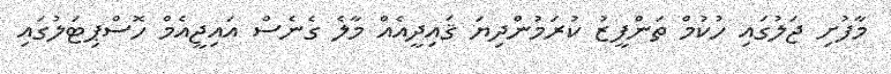
މާފުށި ޖަލުގައި ހުކުމް ތަންފީޒު ކުރަމުންދިޔަ ޤައިދީއެއް މާލެ ގެނެސް އައިޖީއެމް ހޮސްޕިޓަލުގައި